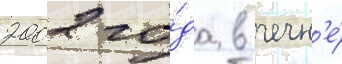
2002 го́да в чечн'е́